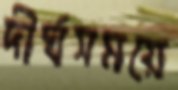
দীর্ঘসময়ে